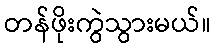
တန်ဖိုးကွဲသွားမယ်။